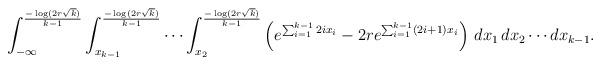
LaTeX: \begin{align*} \int_{-\infty}^{\frac{-\log (2r\sqrt{k})}{k-1}}\int_{x_{k-1}}^{\frac{-\log (2r\sqrt{k})}{k-1}} \cdots \int_{x_{2}}^{\frac{-\log (2r\sqrt{k})}{k-1}} \left(e^{\sum_{i=1}^{k-1} 2ix_i}-2re^{\sum_{i=1}^{k-1} (2i+1)x_i}\right) \,dx_1\,dx_2\cdots dx_{k-1}.\end{align*}